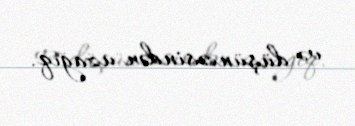
və düşüncəsindən uzağıq.